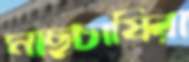
মাছচাষিরা